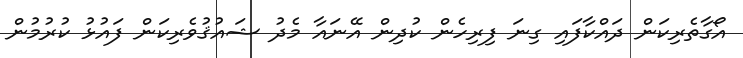
އޯގާތެރިކަން ދައްކާފައި ގިނަ ފިރިހެން ކުދިން އޭނައާ މެދު ޝައުޤުވެރިކަން ފައުޅު ކުރުމުން